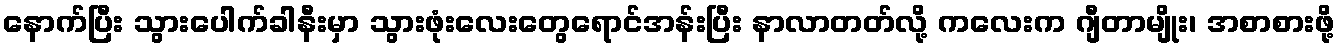
နောက်ပြီး သွားပေါက်ခါနီးမှာ သွားဖုံးလေးတွေရောင်အန်းပြီး နာလာတတ်လို့ ကလေးက ဂျီတာမျိုး၊ အစာစားဖို့